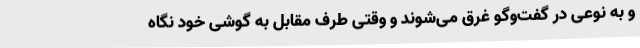
و به نوعی در گفت‌وگو غرق می‌شوند و وقتی طرف مقابل به گوشی خود نگاه